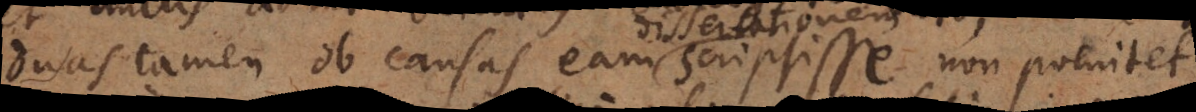
duas tamen ob causas eam scripsisse non poenitet